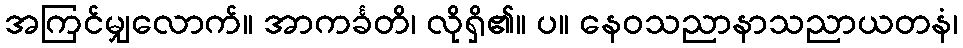
အကြင်မျှလောက်။ အာကင်္ခတိ၊ လိုရှိ၏။ ပ။ နေဝသညာနာသညာယတနံ၊